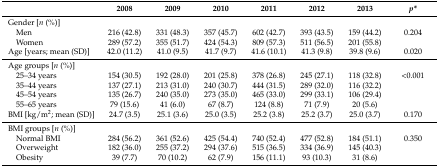
<table><thead><tr><td></td><td><b>2008</b></td><td><b>2009</b></td><td><b>2010</b></td><td><b>2011</b></td><td><b>2012</b></td><td><b>2013</b></td><td><b><i>p*</i></b></td></tr></thead><tbody><tr><td>Gender [<i>n</i> (%)]</td><td></td><td></td><td></td><td></td><td></td><td></td><td></td></tr><tr><td> Men</td><td>216 (42.8)</td><td>331 (48.3)</td><td>357 (45.7)</td><td>602 (42.7)</td><td>393 (43.5)</td><td>159 (44.2)</td><td>0.204</td></tr><tr><td> Women</td><td>289 (57.2)</td><td>355 (51.7)</td><td>424 (54.3)</td><td>809 (57.3)</td><td>511 (56.5)</td><td>201 (55.8)</td><td></td></tr><tr><td>Age [years; mean (SD)]</td><td>42.0 (11.2)</td><td>41.0 (9.5)</td><td>41.7 (9.7)</td><td>41.6 (10.1)</td><td>41.3 (9.8)</td><td>39.8 (9.6)</td><td>0.020</td></tr><tr><td>Age groups [<i>n</i> (%)]</td><td></td><td></td><td></td><td></td><td></td><td></td><td></td></tr><tr><td> 25–34 years</td><td>154 (30.5)</td><td>192 (28.0)</td><td>201 (25.8)</td><td>378 (26.8)</td><td>245 (27.1)</td><td>118 (32.8)</td><td>&lt;0.001</td></tr><tr><td> 35–44 years</td><td>137 (27.1)</td><td>213 (31.0)</td><td>240 (30.7)</td><td>444 (31.5)</td><td>289 (32.0)</td><td>116 (32.2)</td><td></td></tr><tr><td> 45–54 years</td><td>135 (26.7)</td><td>240 (35.0)</td><td>273 (35.0)</td><td>465 (33.0)</td><td>299 (33.1)</td><td>106 (29.4)</td><td></td></tr><tr><td> 55–65 years</td><td>79 (15.6)</td><td>41 (6.0)</td><td>67 (8.7)</td><td>124 (8.8)</td><td>71 (7.9)</td><td>20 (5.6)</td><td></td></tr><tr><td>BMI [kg/m<sup>2</sup>; mean (SD)]</td><td>24.7 (3.5)</td><td>25.1 (3.6)</td><td>25.0 (3.5)</td><td>25.2 (3.8)</td><td>25.2 (3.7)</td><td>25.0 (3.7)</td><td>0.170</td></tr><tr><td>BMI groups [<i>n</i> (%)]</td><td></td><td></td><td></td><td></td><td></td><td></td><td></td></tr><tr><td> Normal BMI</td><td>284 (56.2)</td><td>361 (52.6)</td><td>425 (54.4)</td><td>740 (52.4)</td><td>477 (52.8)</td><td>184 (51.1)</td><td>0.350</td></tr><tr><td> Overweight</td><td>182 (36.0)</td><td>255 (37.2)</td><td>294 (37.6)</td><td>515 (36.5)</td><td>334 (36.9)</td><td>145 (40.3)</td><td></td></tr><tr><td> Obesity</td><td>39 (7.7)</td><td>70 (10.2)</td><td>62 (7.9)</td><td>156 (11.1)</td><td>93 (10.3)</td><td>31 (8.6)</td><td></td></tr></tbody></table>